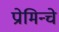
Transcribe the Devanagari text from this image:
प्रोमिन्चे